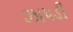
ઝાપડી